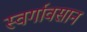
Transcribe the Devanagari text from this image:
स्वर्गावसान